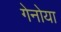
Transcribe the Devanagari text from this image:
गेनोया